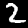
Label: 2